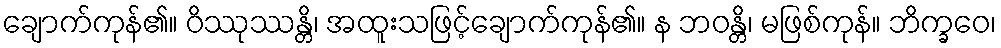
ချောက်ကုန်၏။ ဝိဿုဿန္တိ၊ အထူးသဖြင့်ချောက်ကုန်၏။ န ဘဝန္တိ၊ မဖြစ်ကုန်။ ဘိက္ခဝေ၊